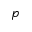
p